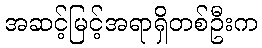
အဆင့်မြင့်အရာရှိတစ်ဦးက